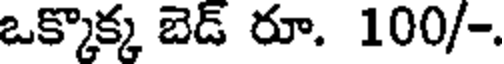
ఒక్కొక్క బెడ్ రూ. 100/-.